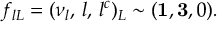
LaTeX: f _ { l L } = ( \nu _ { l } , \, l , \, l ^ { c } ) _ { L } \sim ( { \bf 1 } , { \bf 3 } , 0 ) .